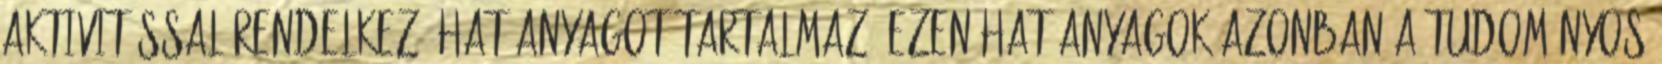
aktivitással rendelkező hatóanyagot tartalmaz. Ezen hatóanyagok azonban a tudományos